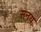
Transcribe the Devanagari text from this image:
सनय